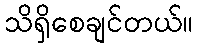
သိရှိစေချင်တယ်။